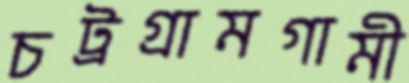
চট্রগ্রামগামী